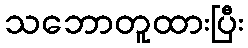
သဘောတူထားပြီး